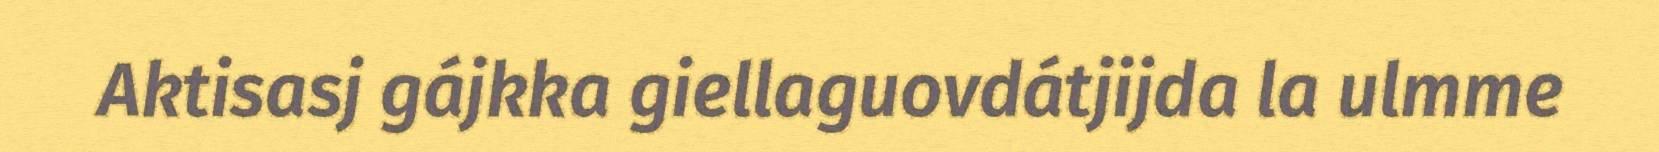
Aktisasj gájkka giellaguovdátjijda la ulmme